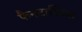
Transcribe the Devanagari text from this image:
फैनटास्टिक